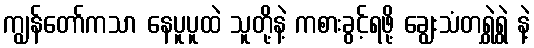
ကျွန်တော်ကသာ နေပူပူထဲ သူတို့နဲ့ ကစားခွင့်ရဖို့ ချွေးသံတရွှဲရွှဲ နဲ့